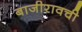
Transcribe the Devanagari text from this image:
बाजीरावची